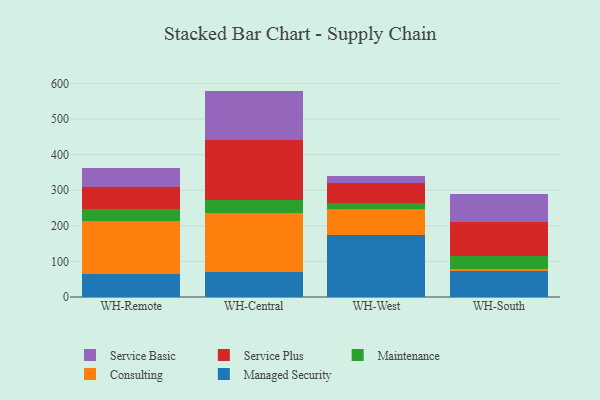
{"axis": {"x": "Warehouse", "y": "LTV (USD)"}, "legend": ["Consulting", "Maintenance", "Managed Security", "Service Basic", "Service Plus"], "data": [{"x": "WH-Remote", "y": 65.1, "type": "Managed Security"}, {"x": "WH-Remote", "y": 148.5, "type": "Consulting"}, {"x": "WH-Remote", "y": 34.2, "type": "Maintenance"}, {"x": "WH-Remote", "y": 61.4, "type": "Service Plus"}, {"x": "WH-Remote", "y": 54.2, "type": "Service Basic"}, {"x": "WH-Central", "y": 70.7, "type": "Managed Security"}, {"x": "WH-Central", "y": 164.0, "type": "Consulting"}, {"x": "WH-Central", "y": 38.2, "type": "Maintenance"}, {"x": "WH-Central", "y": 167.4, "type": "Service Plus"}, {"x": "WH-Central", "y": 139.0, "type": "Service Basic"}, {"x": "WH-West", "y": 173.7, "type": "Managed Security"}, {"x": "WH-West", "y": 74.9, "type": "Consulting"}, {"x": "WH-West", "y": 15.9, "type": "Maintenance"}, {"x": "WH-West", "y": 57.0, "type": "Service Plus"}, {"x": "WH-West", "y": 19.2, "type": "Service Basic"}, {"x": "WH-South", "y": 72.8, "type": "Managed Security"}, {"x": "WH-South", "y": 7.2, "type": "Consulting"}, {"x": "WH-South", "y": 34.8, "type": "Maintenance"}, {"x": "WH-South", "y": 96.2, "type": "Service Plus"}, {"x": "WH-South", "y": 79.2, "type": "Service Basic"}]}